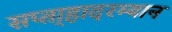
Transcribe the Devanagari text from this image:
सप्ता्हादरम्यान